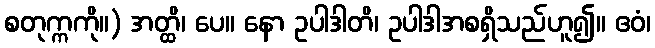
စတုက္ကကို။) အတ္ထိ၊ ပေ။ နော ဥပါဒါတိ၊ ဥပါဒါအစရှိသည်ဟူ၍။ ဧဝံ၊